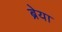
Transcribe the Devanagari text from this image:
ब्रेया